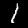
Digit: 1